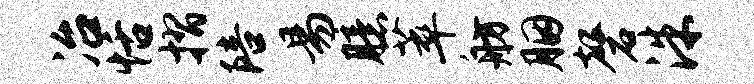
冶恬摺陪易臆萃舫胭磬洙